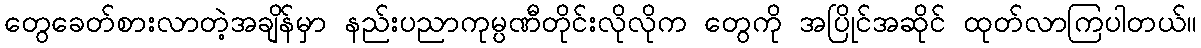
တွေခေတ်စားလာတဲ့အချိန်မှာ နည်းပညာကုမ္ပဏီတိုင်းလိုလိုက တွေကို အပြိုင်အဆိုင် ထုတ်လာကြပါတယ်။